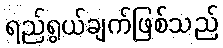
ရည်ရွယ်ချက်ဖြစ်သည်